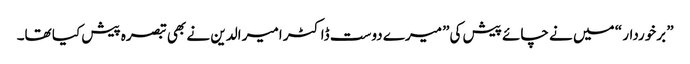
” برخوردار “ میں نے چائے پیش کی” میرے دوست ڈاکٹر امیر الدین نے بھی تبصرہ پیش کیا تھا۔